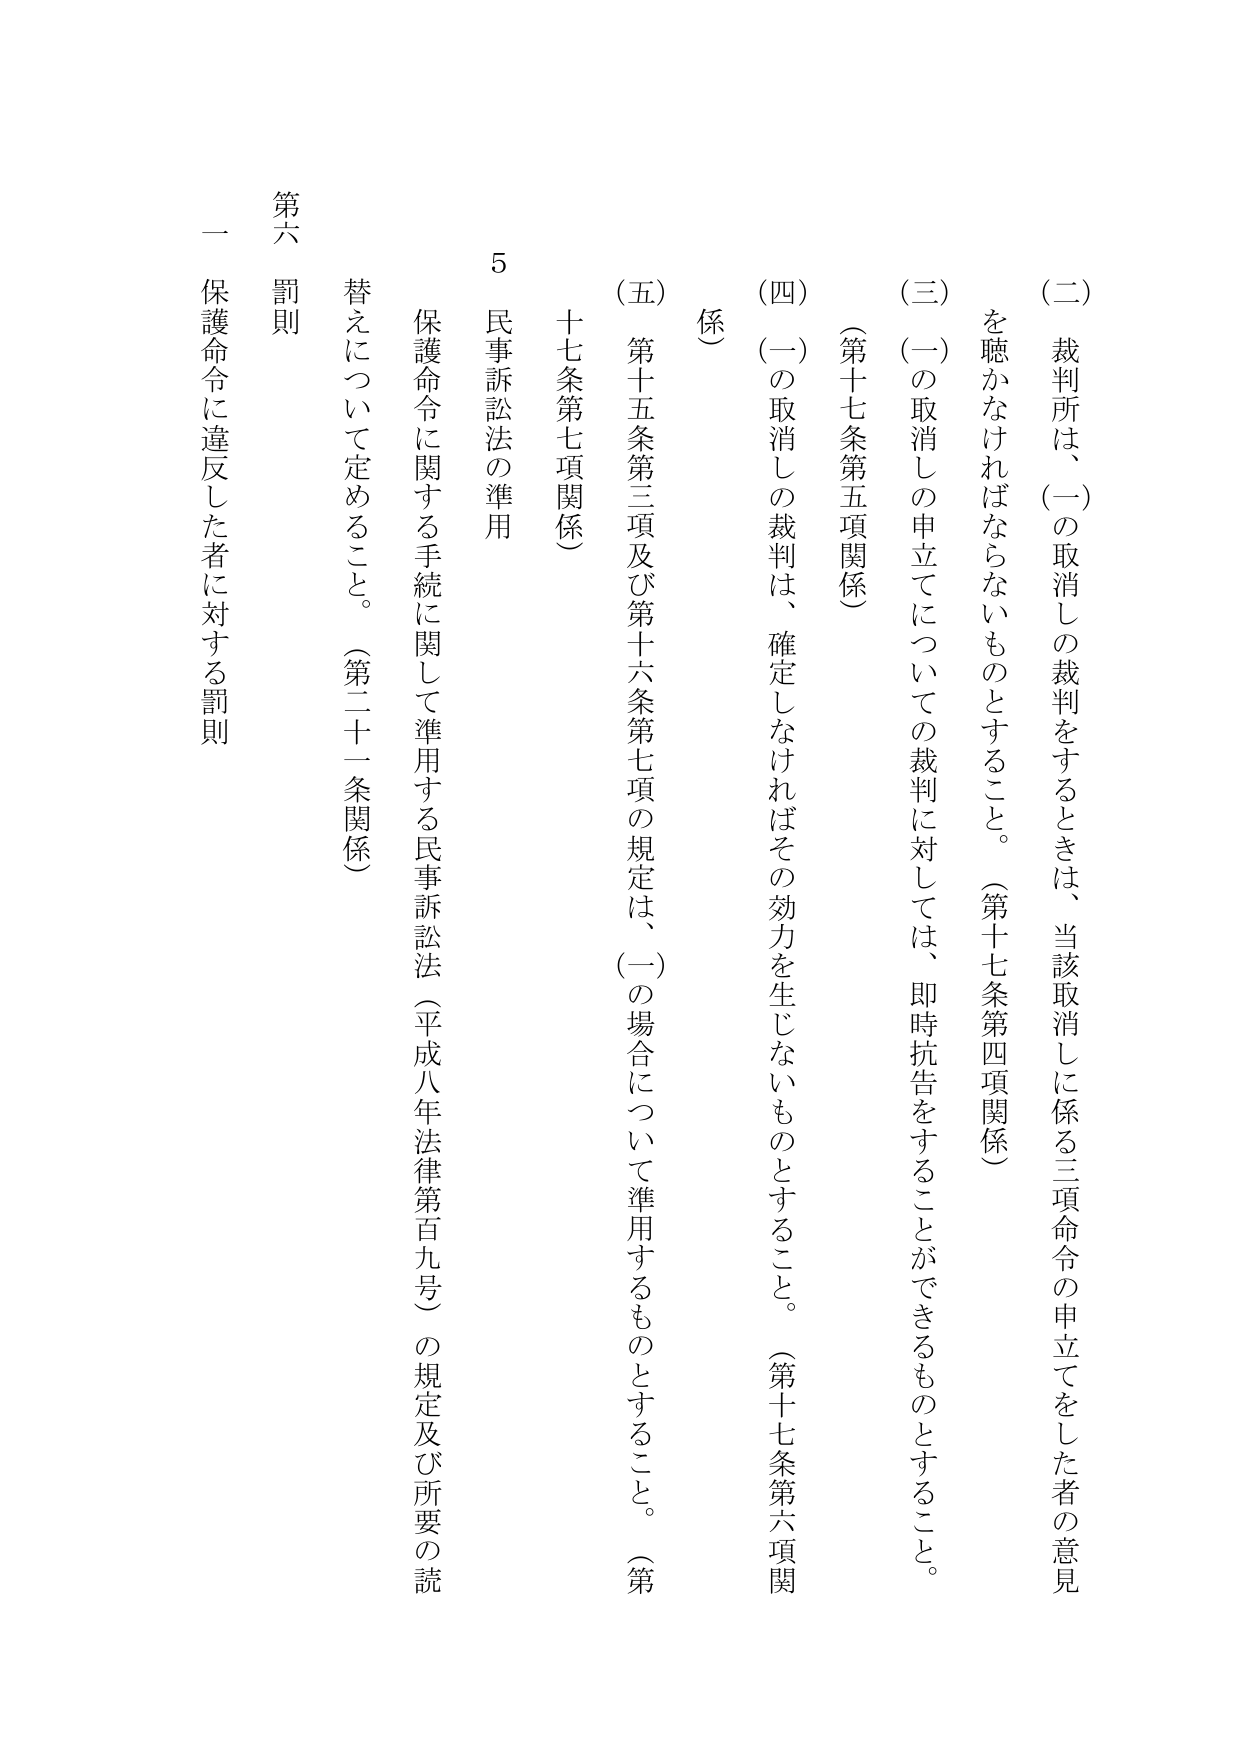
第六 賦則
一 保護命令に違反した者に対する罰則

5 民事訴訟法の準用
保護命令に関する手続に関して準用する民事訴訟法（平成八年法律第百九号）の規定及び所要の読替えについて定めること。（第二十一条関係）

（二）裁判所は、（一）の取消しの裁判をするときは、当該取消しに係る三項命令の申立てをした者の意見を聴かなければならないものとすること。（第十七条第四項関係）
（三）（一）の取消しの申立てについての裁判に対しては、即時抗告をすることができるものとすること。（第十七条第五項関係）
（四）（一）の取消しの裁判は、確定しなければその効力を生じないものとすること。（第十七条第六項関係）
（五）第十五条第三項及び第十六条第七項の規定は、（一）の場合について準用するものとすること。（第十七条第七項関係）